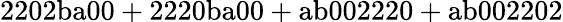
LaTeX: \mathrm{2202ba00+2220ba00+ab002220+ab002202}